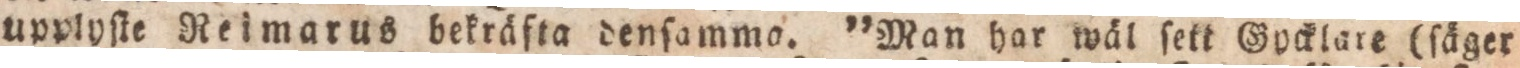
upplyſte Reimarus bekråfta denſammo. ”Man har wål ſett Gocklare (ſåger